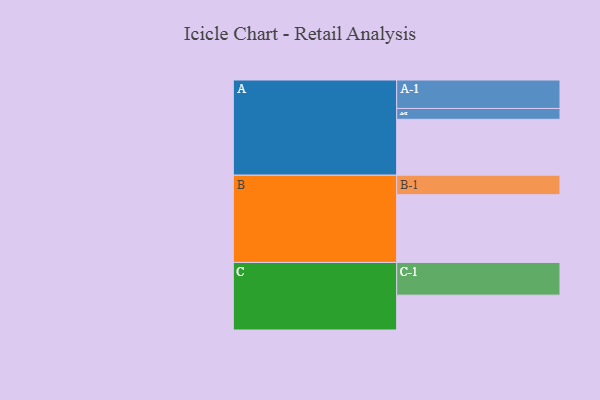
{"axis": {"x": "Segment", "y": "Value"}, "legend": ["", "A", "B", "C"], "data": [{"x": "A", "y": 489, "type": ""}, {"x": "B", "y": 593, "type": ""}, {"x": "C", "y": 305, "type": ""}, {"x": "A-1", "y": 249, "type": "A"}, {"x": "A-2", "y": 95, "type": "A"}, {"x": "B-1", "y": 170, "type": "B"}, {"x": "C-1", "y": 286, "type": "C"}]}